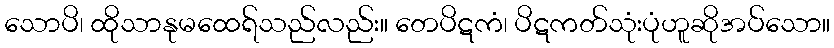
သောပိ၊ ထိုသာနုမထေရ်သည်လည်း။ တေပိဋကံ၊ ပိဋကတ်သုံးပုံဟူဆိုအပ်သော။